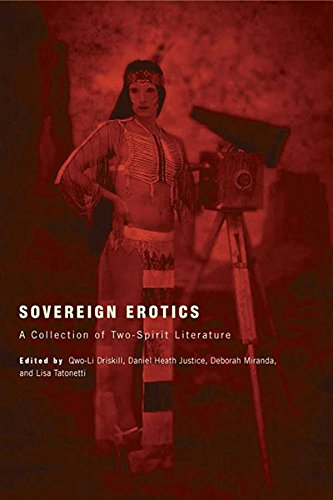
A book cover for Sovereign Erotics: A Collection of Two-Spirit Literature (First Peoples: New Directions in Indigenous Studies); Gay & Lesbian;